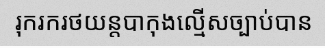
រុករករថយន្តបាកុងល្មើសច្បាប់បាន